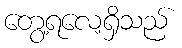
တွေ့ရလေ့ရှိသည်